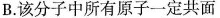
B.该分子中所有原子一定共面